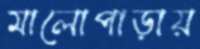
মালোপাড়ায়